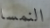
النمسا